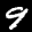
Label: 9